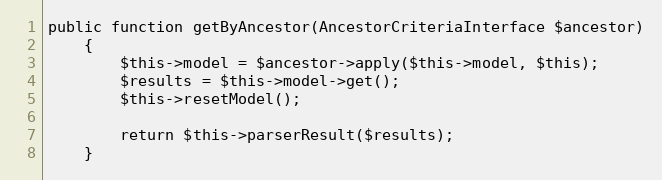
Language: PHP
public function getByAncestor(AncestorCriteriaInterface $ancestor)
    {
        $this->model = $ancestor->apply($this->model, $this);
        $results = $this->model->get();
        $this->resetModel();

        return $this->parserResult($results);
    }